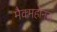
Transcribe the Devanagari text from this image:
मैक्महोनस